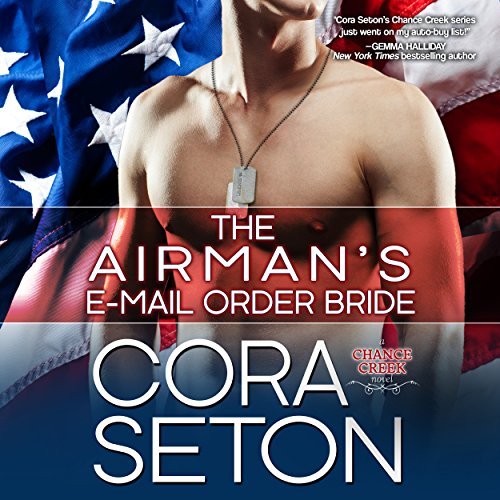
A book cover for The Airman's E-Mail-Order Bride: Heroes of Chance Creek Series, Book 5; Cora Seton; Romance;